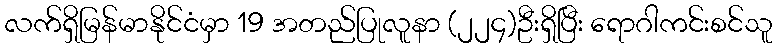
လက်ရှိမြန်မာနိုင်ငံမှာ 19 အတည်ပြုလူနာ (၂၂၄)ဦးရှိပြီး ရောဂါကင်းစင်သူ